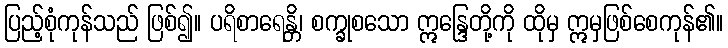
ပြည့်စုံကုန်သည် ဖြစ်၍။ ပရိစာရေန္တိ၊ စက္ခုစသော ဣန္ဒြေတို့ကို ထိုမှ ဣမှဖြစ်စေကုန်၏။